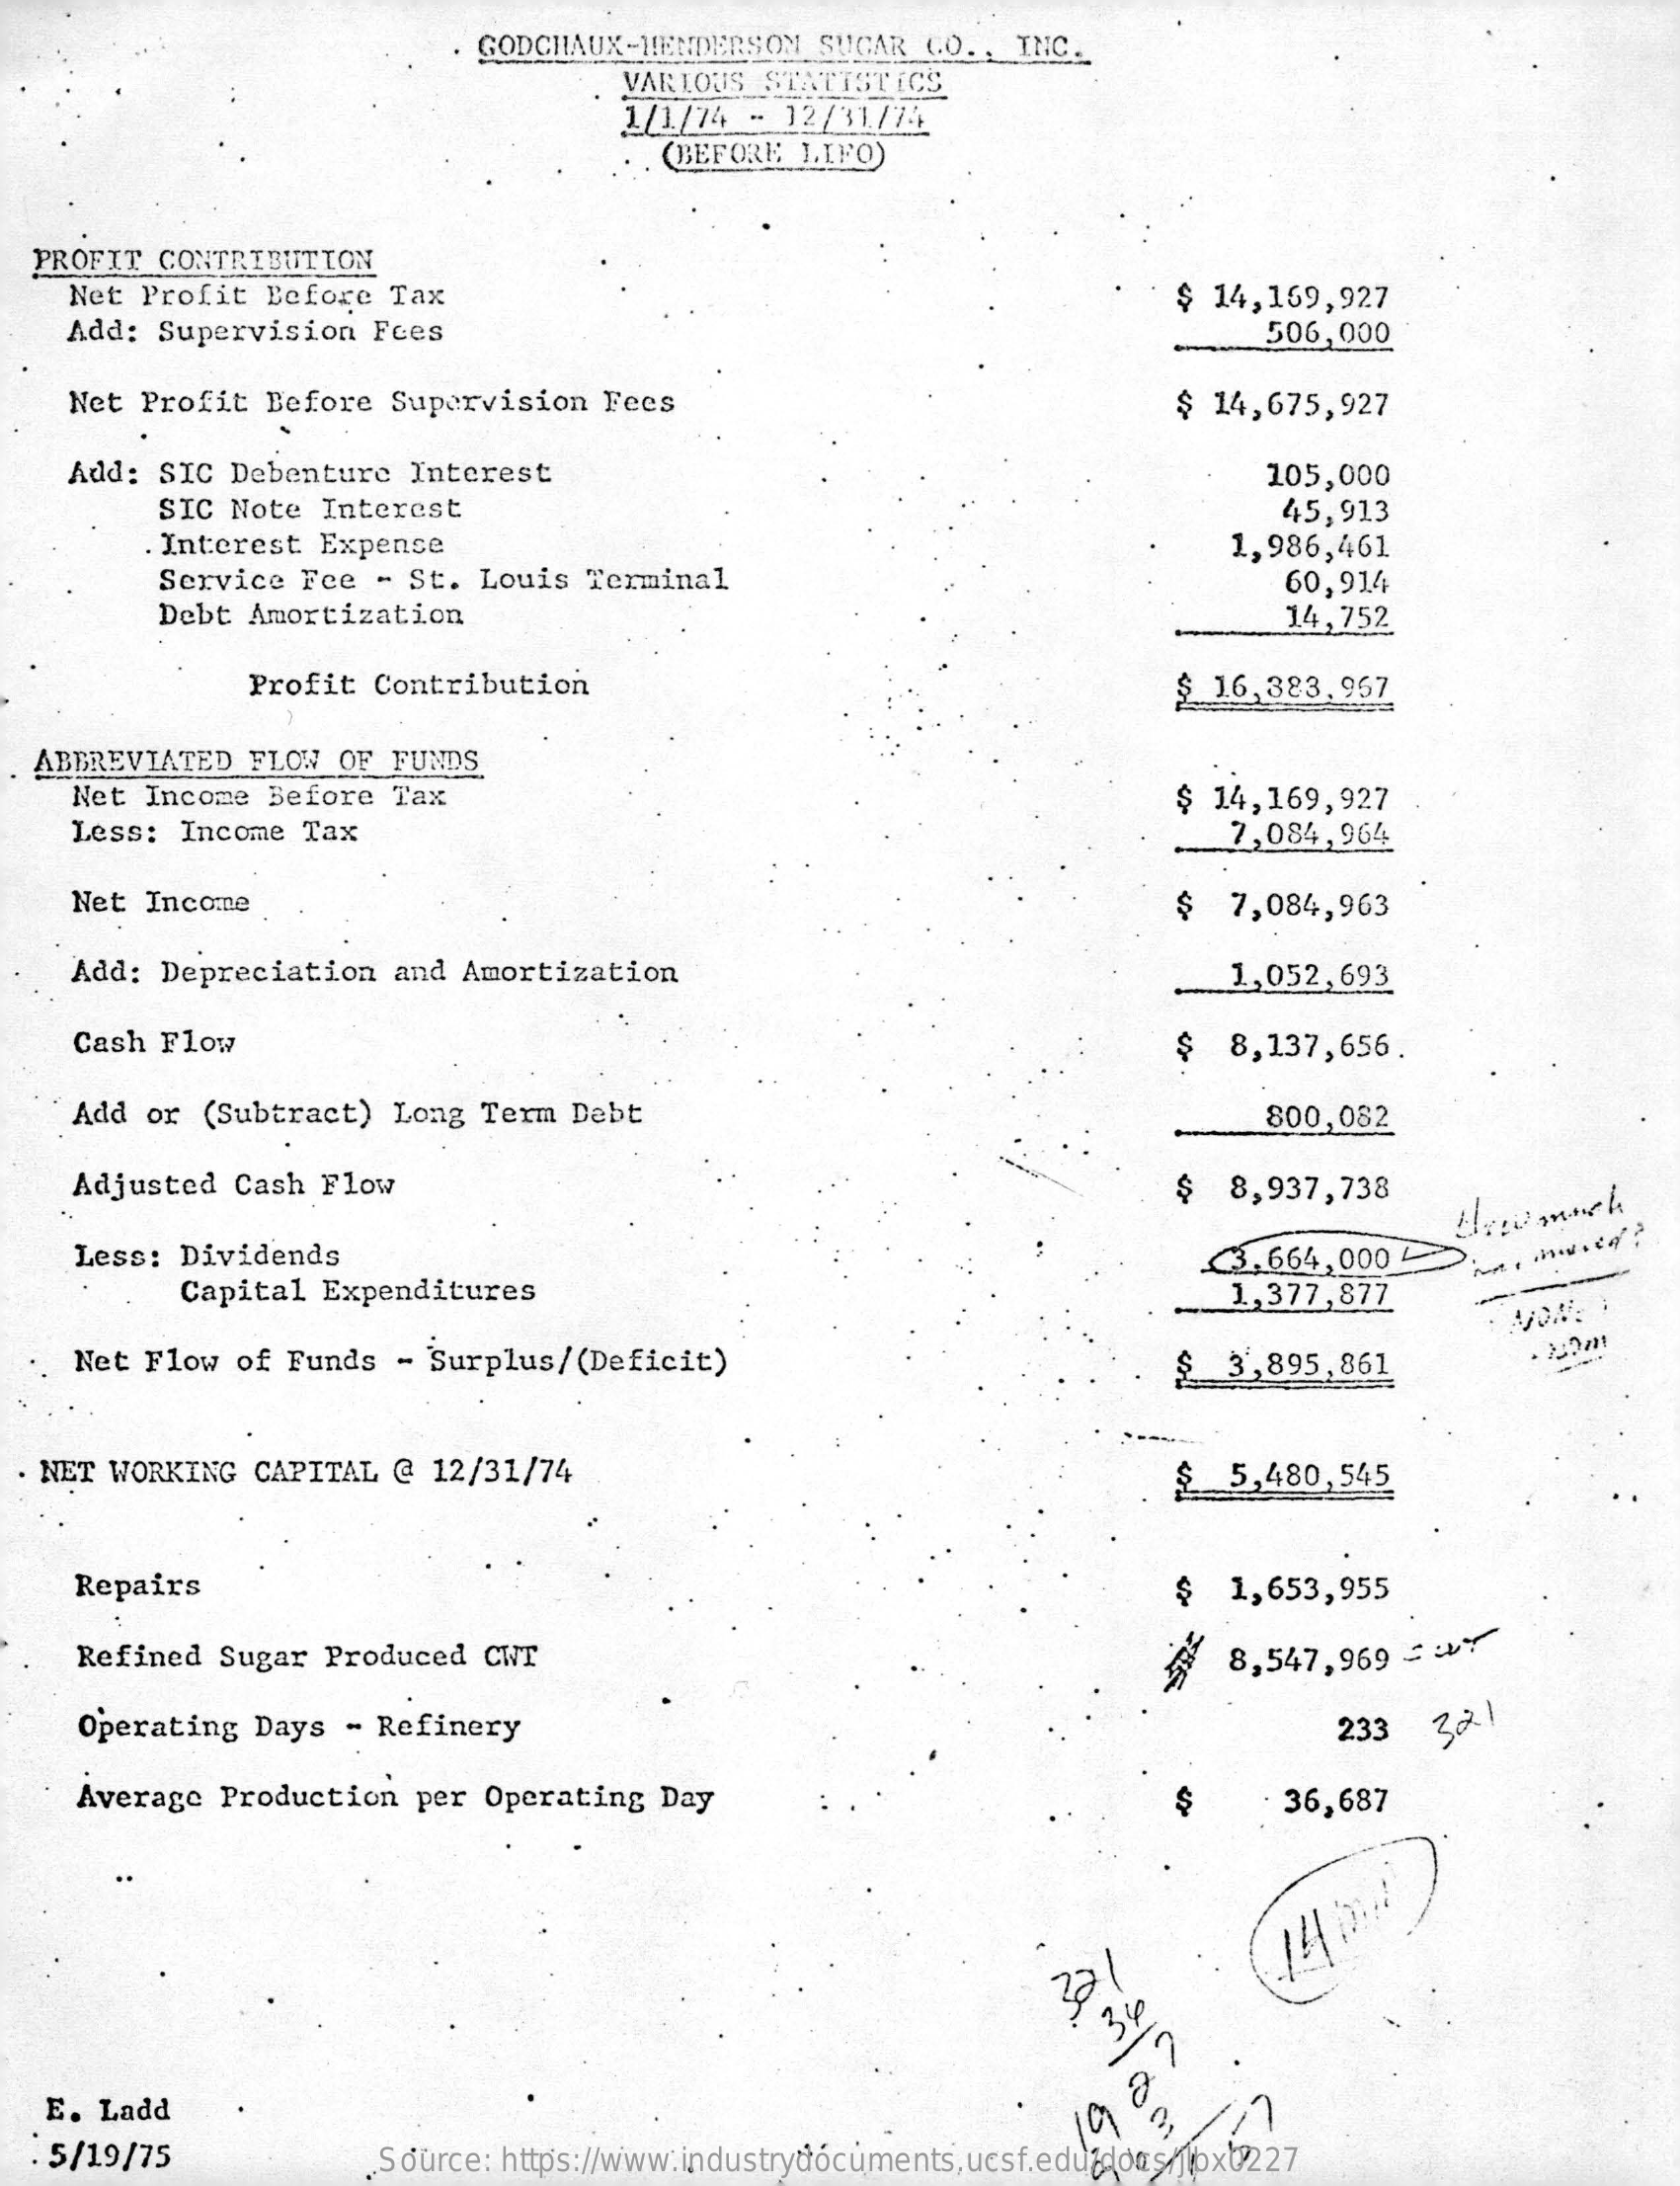
GODCHAUX-HENDERSON    SUGAR  CO. , INC.
     VARIOUS  STATISTICS
     1/1/74  - 12/31/74
     (BEFORE LIFO)
  PROFIT  CONTRIBUTION
     Net Profit  Before  Tax
     Add: Supervision   Fees
     $ 14,159,927
     506,000
     Net Profit  Before  Supervision   Fees    $ 14,675,927
     Add: SIC  Debenture  Interest    105,000
     SIC  Note  Interest
     Interest   Expense
     45,913
     Service  Fee  - St.  Louis  Terminal
     1,986,461
     Debt  Amortization
     60,914
     14,752.
     Profit  Contribution    $ 16,383.957
  ABBREVIATED   FLOW  OF FUNDS.
     Net Income  Before  Tax    $ 14,169,927
     Less:  Income  Tax    7,084,964
     Net Income    $  7,084,963
     Add: Depreciation   and  Amortization    1,052,693
     Cash Flow    $  8,137,656.
     Add or  (Subtract)  Long  Term  Debt    800,082
     Adjusted  Cash  Flow    $  8,937,738
     Less: Dividends
     Hypo much
     Capital  Expenditures
     <3,664,000
     1,377,877
     Net Flow  of Funds   - Surplus/(Deficit)    $  3,895,861
  . NET WORKING CAPITAL  @  12/31/74    $  5,480,545
     Repairs    $  1,653,955
     Refined  Sugar  Produced  CWT    8,547,969  =
     Operating  Days  - Refinery    233   321
     Average  Production  per  Operating  Day    $    36,687
     140:2
   E. Ladd
  . 5/19/75
     19   3
     Source: https://www.industrydocuments.ucsf.edu/docs/jlbx0227